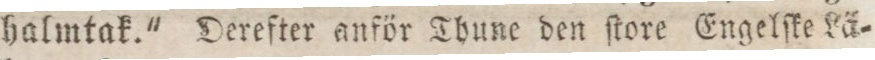
halmtak." Derefter anför Thune den ſtore Engelſke Lä=